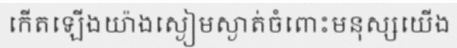
កើតឡើងយ៉ាងស្ងៀមស្ងាត់ចំពោះមនុស្សយើង